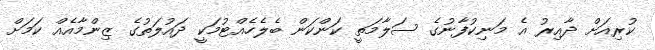
ކުރިއަށް ދާއިރު އެ މަނިކުފާނުގެ ސަލާމަތީ ކަންކަން ބެލެހެއްޓުމަކީ ދައުލަތުގެ ޒިންމާއެއް ކަމަށް